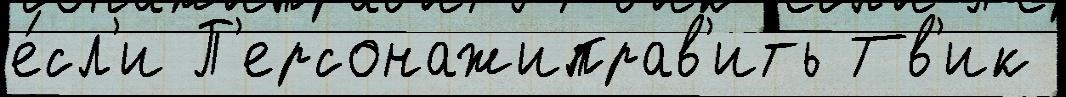
е́сл'и П'ерсонажиправ'ить Тв'ик